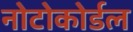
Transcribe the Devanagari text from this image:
नोटोकोर्डल